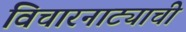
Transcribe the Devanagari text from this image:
विचारनाट्याची